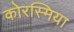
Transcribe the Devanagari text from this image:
कोरस्मिया